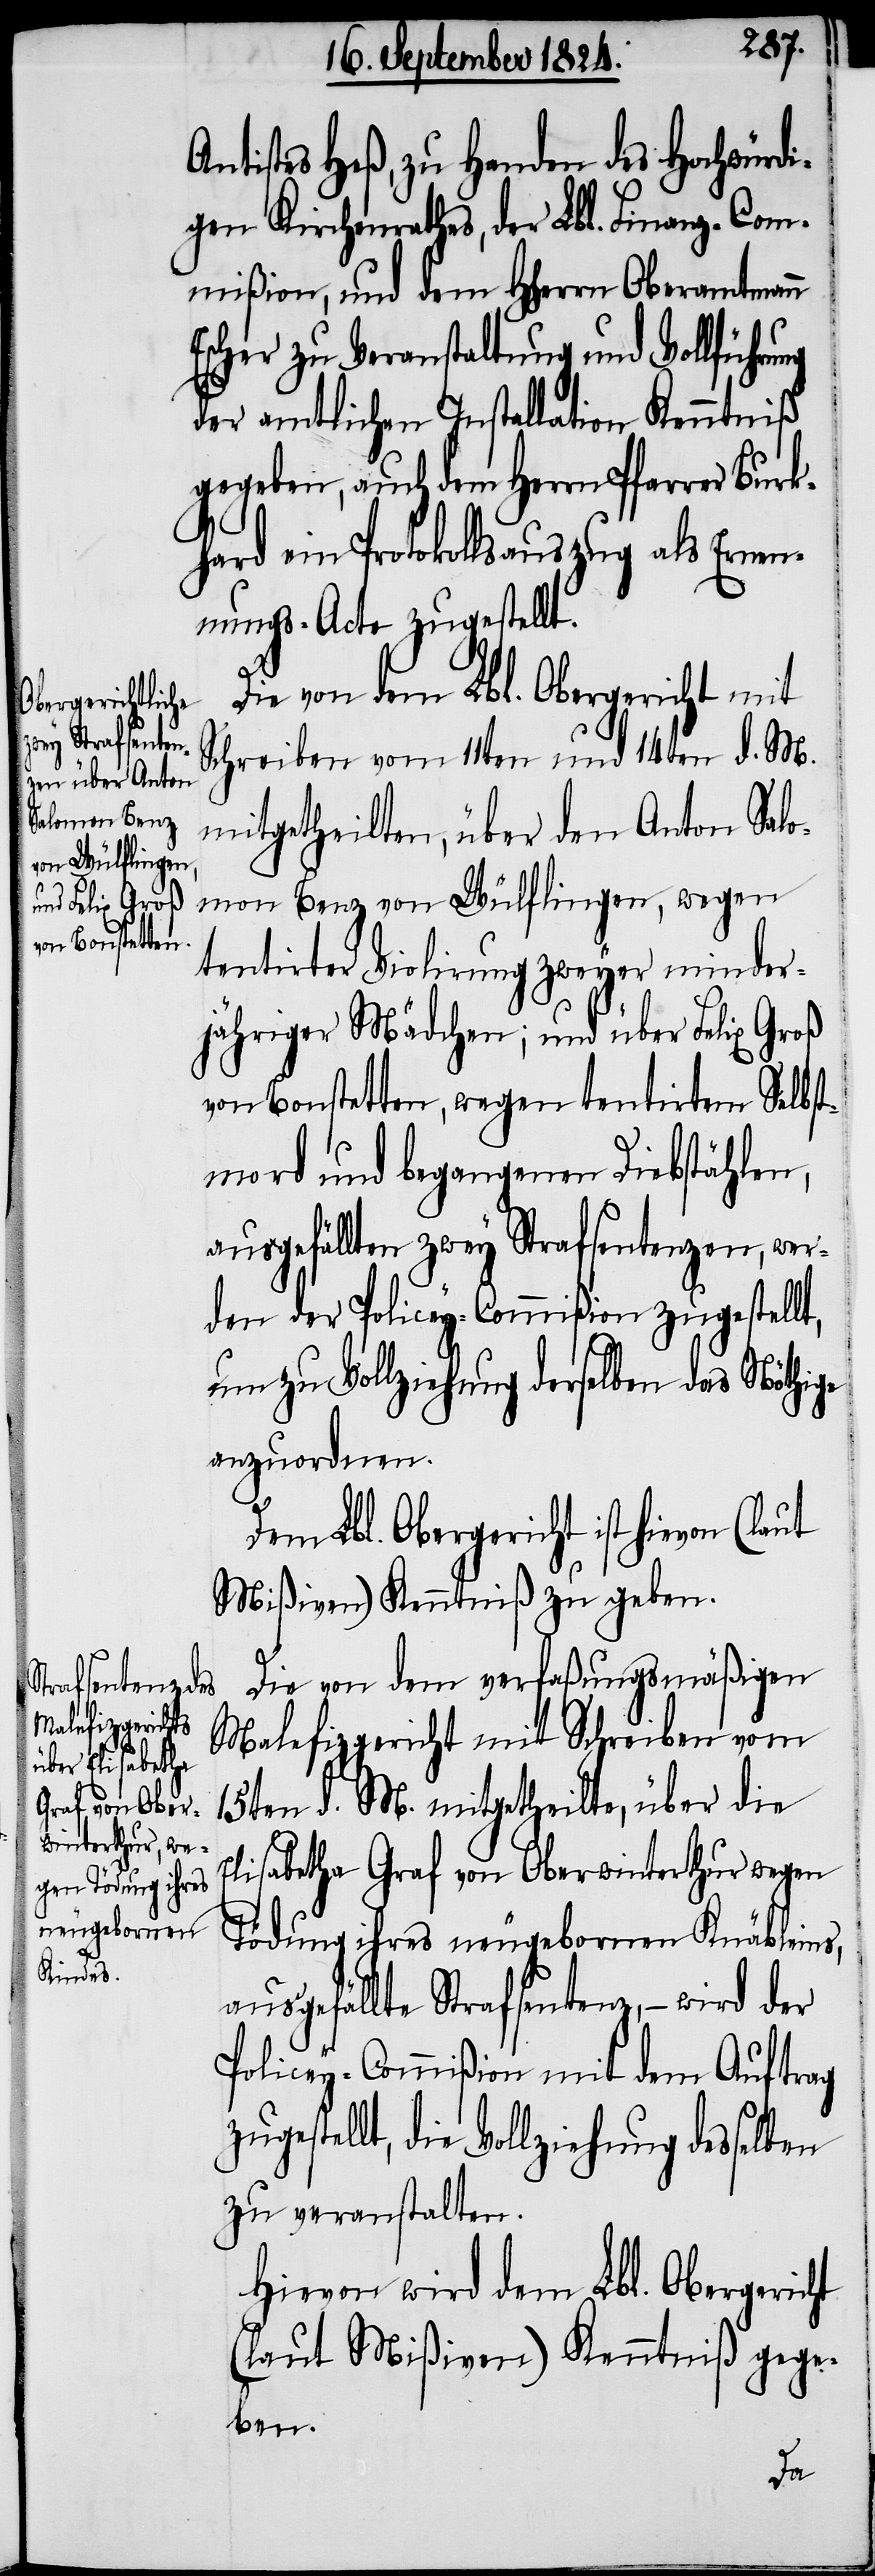
Antistes Heß, zu Handen des Hochwürdi¬
gen Kirchenrathes, der Lbl. Finanz-Com¬
mißion, und dem HHerrn Oberamtmann
Escher zu Veranstaltung und Vollführung
der amtlichen Installation Kenntniß
gegeben, auch dem Herrn Pfarrer Burk¬
hard ein Protokollsauszug als Ernen¬
nungs-Acte zugestellt.
Die von dem Lbl. Obergericht mit
Schreiben vom 11ten und 14ten d. M.
mitgetheilten, über den Anton Salo¬
mon Benz von Wülflingen, wegen
tentirter Violirung zweyer minder¬
jähriger Mädchen; und über Felix Groß
von Bonstetten, wegen tentirtem Selbst¬
mord und begangenen Diebstählen,
ausgefällten zwey Strafsentenzen, wer¬
den der Policey-Commißion zugestellt,
um zu Vollziehung derselben das Nöthige
anzuordnen.
Dem Lbl. Obergericht ist hievon (laut
Mißiven) Kenntniß zu geben.
Die von dem verfaßungsmäßigen
Malefizgericht mit Schreiben vom
15ten d. M. mitgetheilte, über die
Elisabetha Graf von Oberwinterthur wegen
Tödung ihres neugebornen Knäbleins,
ausgefällte Strafsentenz, – wird der
Policey-Commißion mit dem Auftrag
zugestellt, die Vollziehung desselben
zu veranstalten.
Hievon wird dem Lbl. Obergericht
(laut Mißiven) Kenntniß gege¬
ben.